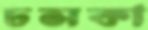
ঢসকা